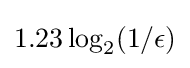
1.23\log _{2}(1/\epsilon )